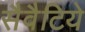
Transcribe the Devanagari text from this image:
सैवैटिये